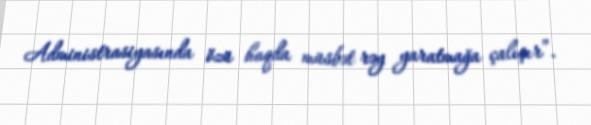
Administrasiyasında özü haqda müsbət rəy yaratmağa çalışır”.